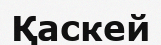
Қаскей